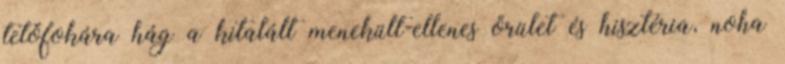
tetőfokára hág a kitalált menekült-ellenes őrület és hisztéria, noha